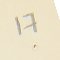
17